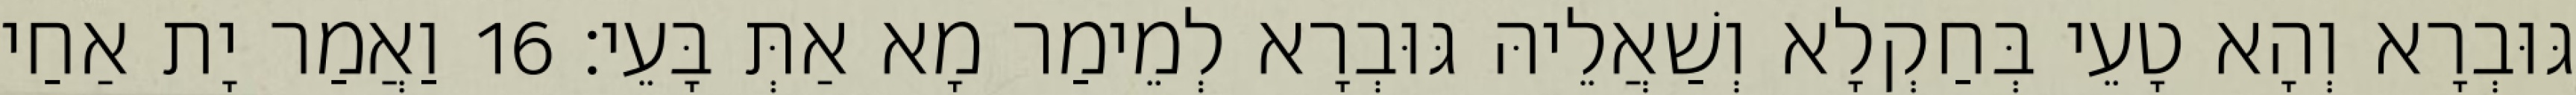
גּוּבְרָא וְהָא טָעֵי בְּחַקְלָא וְשַׁאֲלֵיהּ גּוּבְרָא לְמֵימַר מָא אַתְּ בָּעֵי׃ 16 וַאֲמַר יָת אַחַי